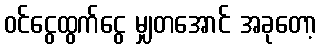
ဝင်ငွေထွက်ငွေ မျှတအောင် အခုတော့